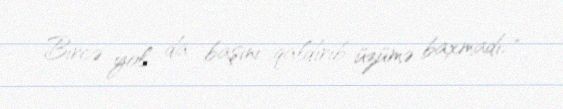
Bircə yol da başını qaldırıb üzümə baxmadı: “..